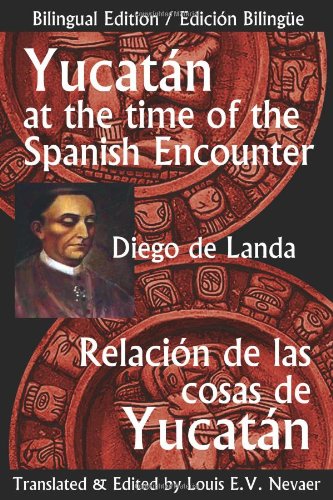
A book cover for Yucatan at the Time of the Spanish Encounter: Relacion de Las Cosas de Yucatan (Multilingual Edition); Diego De Landa; Travel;